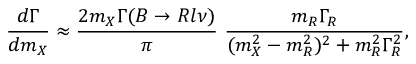
{ \frac { d \Gamma } { d m _ { X } } } \approx { \frac { 2 m _ { X } \Gamma ( B \rightarrow R l \nu ) } { \pi } } ~ { \frac { m _ { R } \Gamma _ { R } } { ( m _ { X } ^ { 2 } - m _ { R } ^ { 2 } ) ^ { 2 } + m _ { R } ^ { 2 } \Gamma _ { R } ^ { 2 } } } ,